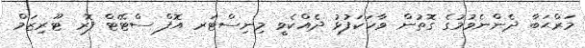
މަރްޙަބާ ދެންނެވުމުގެ ގޮތުން ވާހަކަފުޅު ދެއްކެވީ މިނިސްޓަރ އޮފް ސްޓޭޓް ފޮރ ޓޫރިޒަމް